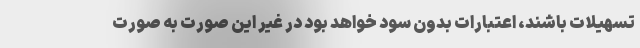
تسهیلات باشند، اعتبارات بدون سود خواهد بود در غیر این صورت به صورت